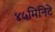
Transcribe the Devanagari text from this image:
४५मिनिटे